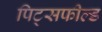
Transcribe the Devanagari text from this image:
पिट्सफील्ड